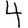
Digit: 4